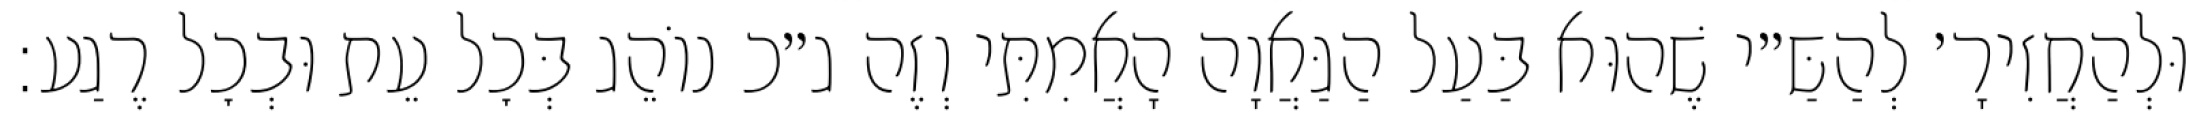
וּלְהַחֲזִירָ׳ לְהַשַּ״י שֶׁהוּא בַּעַל הַגַּאֲוָה הָאֲמִתִּי וְזֶה ג״כ נוֹהֵג בְּכׇל עֵת וּבְכׇל רֶגַע: